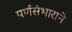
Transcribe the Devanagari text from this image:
पर्णसंभाराने